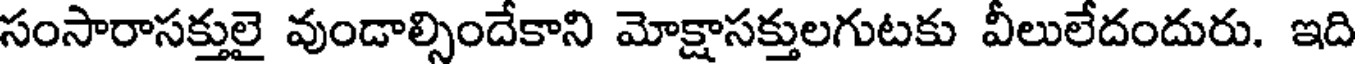
సంసారాసక్తులై వుండాల్సిందేకాని మోక్షాసక్తులగుటకు వీలులేదందురు. ఇది